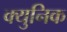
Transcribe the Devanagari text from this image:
क्युनिक